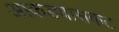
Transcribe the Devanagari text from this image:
आकड्यासकट